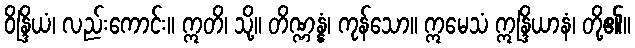
ဝိန္ဒြိယံ၊ လည်းကောင်း။ ဣတိ၊ သို့။ တိဏ္ဏန္နံ၊ ကုန်သော။ ဣမေသံ ဣန္ဒြိယာနံ၊ တို့၏။